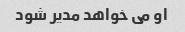
او می خواهد مدیر شود